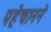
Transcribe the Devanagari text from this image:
पहेचानने